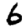
Digit: 6